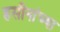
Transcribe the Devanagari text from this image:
हसीनांच्या